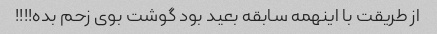
از طریقت با اینهمه سابقه بعید بود گوشت بوی زحم بده!!!!